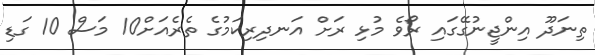
ތިނަދޫ އިންޖީނުގޭގައި ރޯވެ މުޅި ރަށް އަނދިރިކަމުގެ ތެރެއަށް10 މަސް 10 ގަޑި